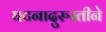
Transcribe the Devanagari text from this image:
घटनादुरुस्तीने